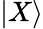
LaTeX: |X\rangle